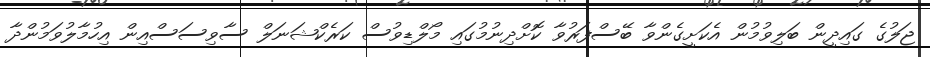
ޖަލުގެ ގައިދީން ބަލިވުމުން އެކަށީގެންވާ ބޭސްފަރުވާ ކޮށްދިނުމުގައި މޯލްޑިވުސް ކަރެކްޝަނަލް ސާވިސަސްއިން އިހުމާލުވަމުންދާ